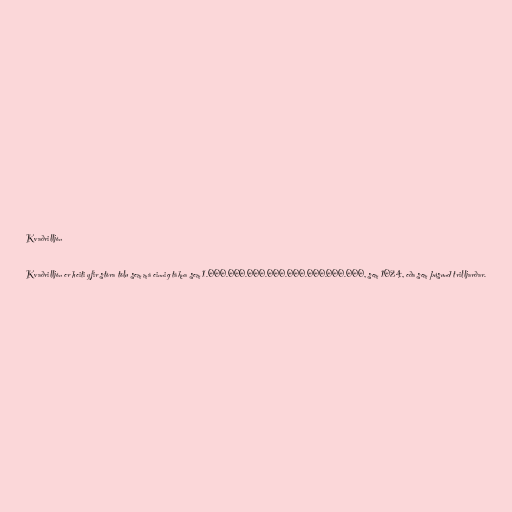
Kvaðrilljón

Kvaðrilljón er heiti yfir stóra tölu sem má einnig tákna sem 1.000.000.000.000.000.000.000.000, sem 1024, eða sem þúsund trilljarðar.